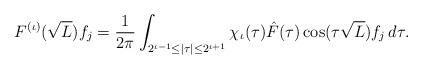
LaTeX: \begin{align*}F^{(\iota)} ( \sqrt L)f_j = \frac{1}{2\pi} \int_{2^{\iota-1}\le |\tau|\le 2^{\iota+1}} \chi_\iota(\tau) \hat F(\tau) \cos(\tau \sqrt L)f_j \,d\tau.\end{align*}